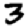
Digit: 3